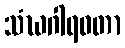
သံဃဂါရဝတာ